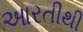
આરતીથી